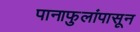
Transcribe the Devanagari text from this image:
पानाफुलांपासून